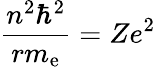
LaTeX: {\frac{n^{2}\hbar^{2}}{rm_{\mathrm{{e}}}}}=Ze^{2}